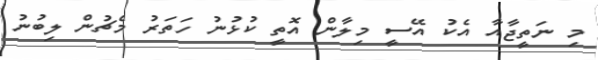
މި ނަތީޖާއާ އެކު އޭސީ މިލާން އޮތީ ކުޅުނު ހަތަރު މެޗުން ލިބުނު